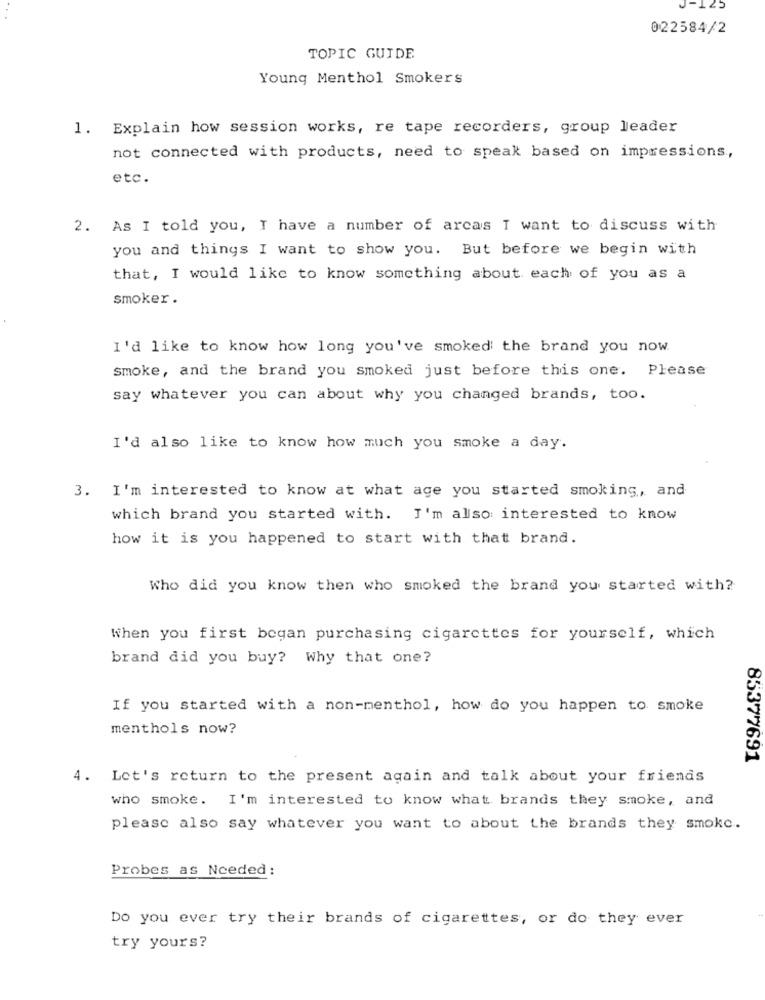
J-125
022584/2
TOPIC GUIDE
Young Menthol Smokers
1. Explain how session works, re tape recorders, group leader
not connected with products, need to speak based on impressions,
etc.
2. As I told you, I have a number of arcas I want to discuss with
you and things I want to show you. But before we begin with
that, I would like to know something about each of you as a
smoker.
I'd like to know how long you've smoked the brand you now.
smoke, and the brand you smoked just before this one. Please
say whatever you can about why you changed brands, too.
I'd also like to know how much you smoke a day.
3. I'm interested to know at what age you started smoking, and
which brand you started with. I'm also interested to know
how it is you happened to start with that brand.
Who did you know then who smoked the brand you started with?
When you first began purchasing cigarettes for yourself, which
brand did you buy? Why that one?
If you started with a non-menthol, how do you happen to smoke
menthols now?
85377691
4. Let's return to the present again and talk about your friends
who smoke. I'm interested to know what brands they smoke, and
please also say whatever you want to about the brands they smoke.
Probes as Needed :
Do you ever try their brands of cigarettes, or do they ever
try yours?